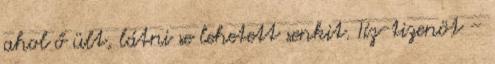
ahol ő ült, látni se lehetett senkit. Tíz-tizenöt –